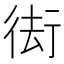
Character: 𭛰